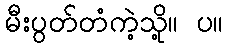
မီးပွတ်တံကဲ့သို့။ ပ။